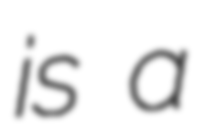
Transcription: is a